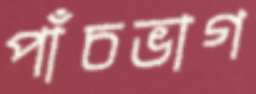
পাঁচভাগ